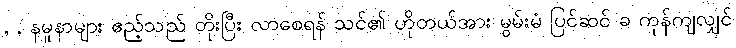
, , နမူနာများ ဧည့်သည် တိုးပြီး လာစေရန် သင်၏ ဟိုတယ်အား မွမ်းမံ ပြင်ဆင် ခ ကုန်ကျလျှင်